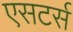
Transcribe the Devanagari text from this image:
एसटर्स